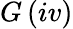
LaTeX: G\, (iv)